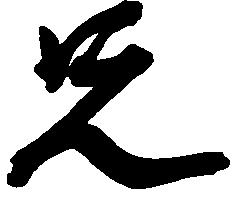
兄